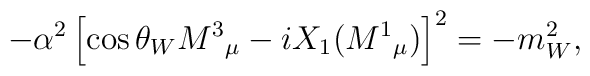
- \alpha ^{2}\left[ \cos \theta_{W} M^{3}{}_{\mu }-iX_{1}(M^{1}{}_{\mu })\right] ^{2}=-m_{W}^{2},